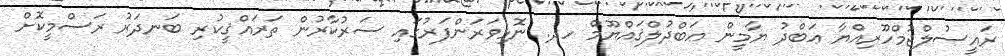
ރައީސުލްޖުމްހޫރިއްޔާ ޢަބްދު ޔާމީން ޢަބްދުލްޤައްޔޫމް ހދ. ނޮޅިވަރަންފަރުގައި ސަރުކާރުން ތަރައްޤީކުރި ބަނދަރު ރަސްމީކޮށް